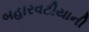
બહારવટીયાની